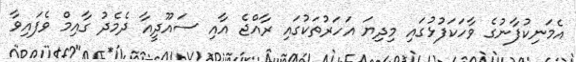
އެމަނިކުފާނުގެ ވާހަކަފުޅުގައި މިިދިޔަ އަހަރުތަކުގައި ރާއްޖެ އާއި ސައޫދީއާ ދެމެދު ގާއިމް ވެފައިވާ